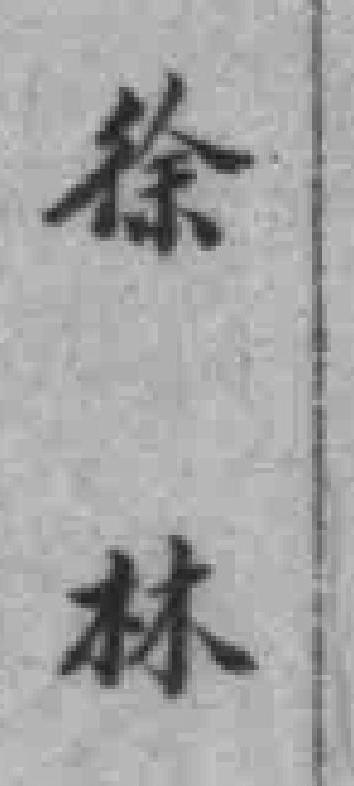
徐林